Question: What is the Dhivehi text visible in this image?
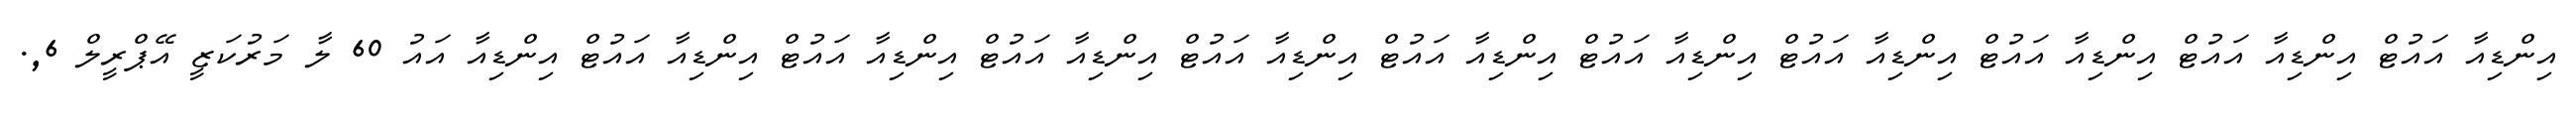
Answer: އިންޑިއާ އައުޓް އިންޑިއާ އައުޓް އިންޑިއާ އައުޓް އިންޑިއާ އައުޓް އިންޑިއާ އައުޓް އިންޑިއާ އައުޓް އިންޑިއާ އައުޓް އިންޑިއާ އައުޓް އިންޑިއާ އައުޓް އިންޑިއާ އައުޓް އިންޑިއާ އައު 60 ލާ މަރުކަޒީ އޭޕްރީލް 6,.